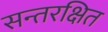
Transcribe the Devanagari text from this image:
सन्तरक्षित